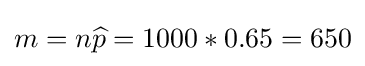
m=n{\widehat {p}}=1000*0.65=650